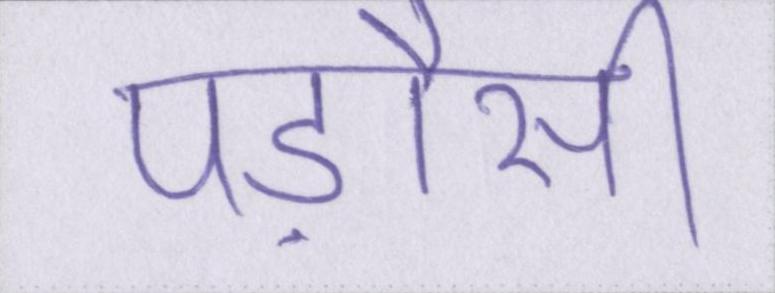
पड़ौसी